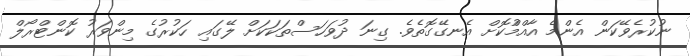
ނުކުރެވޭކަން އެންމެ އާއްމްުކޮށް އެނގޭގޮތެވެ. ގިނަ ދުވަހަސްތަކަކަށް ލޭގައި ހަކުރުގެ މިންވަރު ކޮންޓްރޯލް